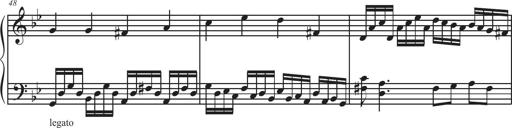
Title: Sonatina Espania
Composer: Jerald Franklin Archer
Key: Various